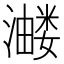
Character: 𭳂